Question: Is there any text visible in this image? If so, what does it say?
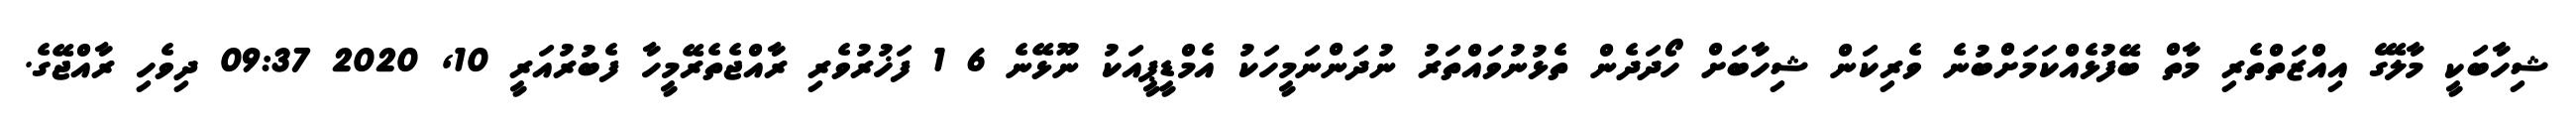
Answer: ޝިހާބަކީ މާލޭގެ އިއްޒަތްތެރި މާތް ބޭފުޅެއްކަމަށްބުނެ ވެރިކަން ޝިހާބަށް ހޯދަދެން ތެޅުނުވައްތަރު ނުދަންނަމީހަކު އެމްޑީޕީއަކު ނޫޅޭނެ 6 1 ފަޚުރުވެރި ރާއްޖެތެރޭމީހާ ފެބުރުއަރީ 10, 2020 09:37 ދިވެހި ރާއްޖޭގެ.